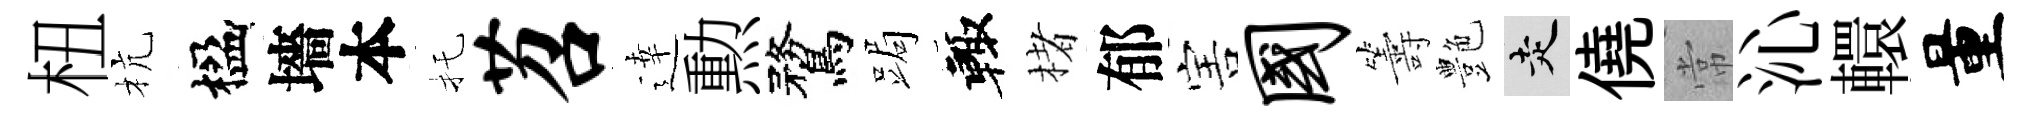
杻杭楹墻本托苕逹勲鶩跼輙楮郁害国籌艶走僥常沁轘量